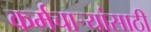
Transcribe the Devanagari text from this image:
कर्मचार्‍यांसाठी